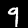
Label: 9